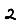
Digit: 2